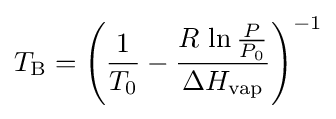
T_{\text{B}}=\left({\frac {1}{T_{0}}}-{\frac {R\,\ln {\frac {P}{P_{0}}}}{\Delta H_{\text{vap}}}}\right)^{-1}